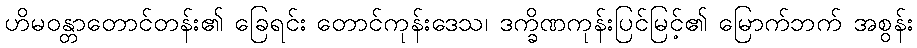
ဟိမဝန္တာတောင်တန်း၏ ခြေရင်း တောင်ကုန်းဒေသ၊ ဒက္ခိဏကုန်းပြင်မြင့်၏ မြောက်ဘက် အစွန်း